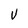
Character: V